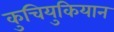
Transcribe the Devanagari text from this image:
कुचियुकियान